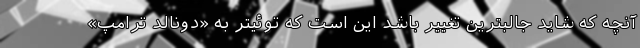
آنچه که شاید جالبترین تغییر باشد این است که توئیتر به «دونالد ترامپ»